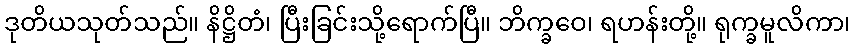
ဒုတိယသုတ်သည်။ နိဋ္ဌိတံ၊ ပြီးခြင်းသို့ရောက်ပြီ။ ဘိက္ခဝေ၊ ရဟန်းတို့။ ရုက္ခမူလိကာ၊